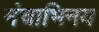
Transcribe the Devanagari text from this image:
मंचाभिनय